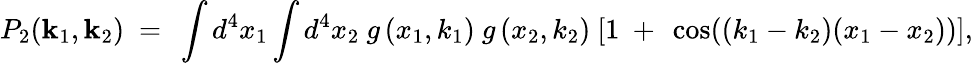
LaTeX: P_{2}({\mathbf k}_{1},{\mathbf k}_{2})\ =\ \int d^{4}x_{1}\int d^{4}x_{2}\ g\left(x_{1},k_{1}\right)\ g\left(x_{2},k_{2}\right)\ [1\ +\ \cos((k_{1}-k_{2})(x_{1}-x_{2}))],